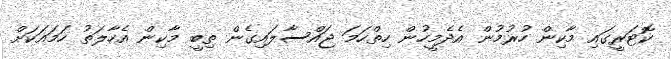
ކޮޓަރީގައި މާކިން ހުރުމުން އެދެމީހުން ހިތްހަމަ ޖައްސާލައިގެން ތިބީ މާކިން އެހާލަތު ހަމައަކަށް